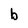
Character: b